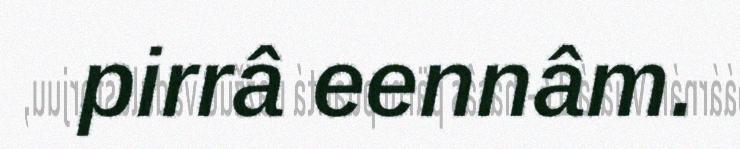
pirrâ eennâm.